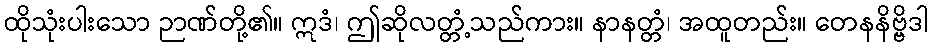
ထိုသုံးပါးသော ဉာဏ်တို့၏။ ဣဒံ၊ ဤဆိုလတ္တံ့သည်ကား။ နာနတ္တံ၊ အထူတည်း။ တေနနိဗ္ဗိဒါ